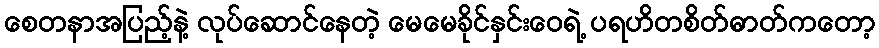
စေတနာအပြည့်နဲ့ လုပ်ဆောင်နေတဲ့ မေမေခိုင်နှင်းဝေရဲ့ ပရဟိတစိတ်ဓာတ်ကတော့